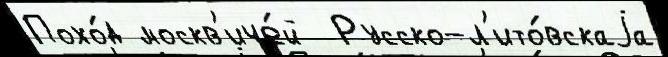
Похо́д москв'иче́й  Русско-л'ито́вскаjа